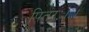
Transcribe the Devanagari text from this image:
पितरः।।